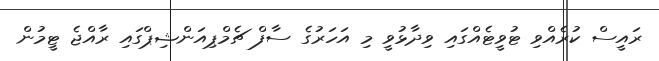
ރައީސް ކުރެއްވި ޓުވީޓެއްގައި ވިދާޅުވީ މި އަހަރުގެ ސާފް ޗެމްޕިއަންޝިޕްގައި ރާއްޖެ ޓީމުން